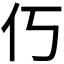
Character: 𫢆